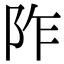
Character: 阼